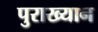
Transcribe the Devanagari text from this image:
पुराख्यान